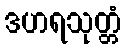
ဒဟရသုတ္တံ